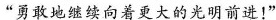
”勇敢地继续向着更大的光明前进！